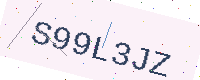
Text: S99L3JZ